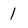
Character: 1